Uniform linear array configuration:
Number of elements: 8
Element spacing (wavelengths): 0.25
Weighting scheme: binomial
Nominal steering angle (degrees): -30
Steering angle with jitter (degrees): -29.097
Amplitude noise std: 0.05
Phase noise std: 0.05

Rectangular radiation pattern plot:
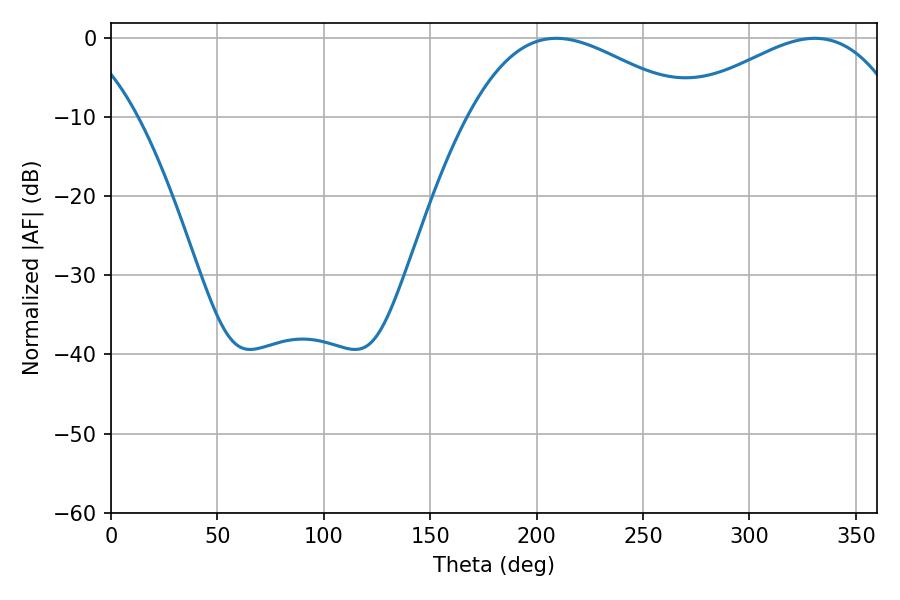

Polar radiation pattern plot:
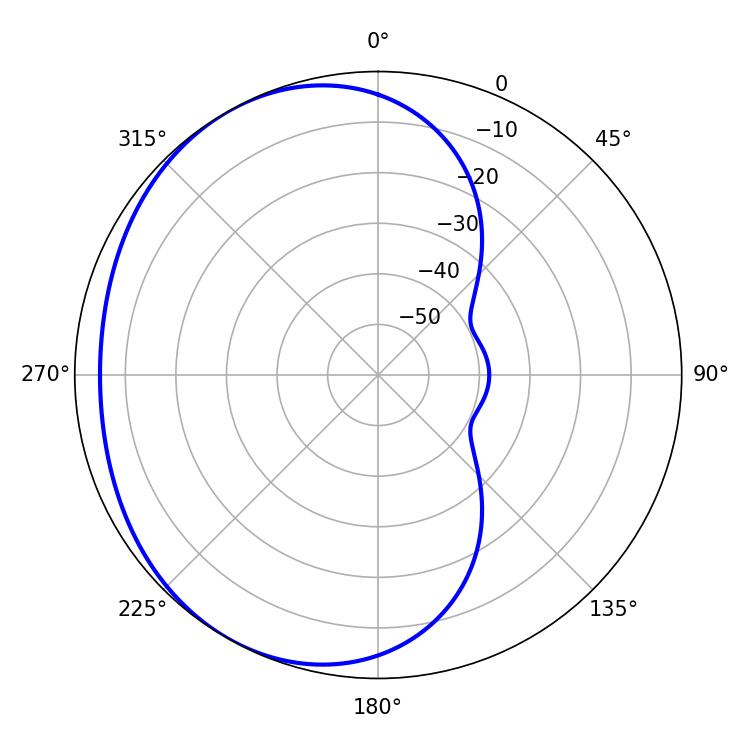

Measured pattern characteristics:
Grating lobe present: FALSE
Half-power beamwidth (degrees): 57.24
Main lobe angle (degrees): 209.34